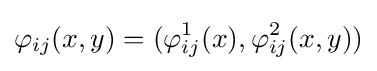
\varphi _{ij}(x,y)=(\varphi _{ij}^{1}(x),\varphi _{ij}^{2}(x,y))